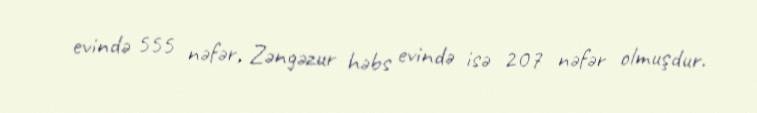
evində 555 nəfər, Zəngəzur həbs evində isə 207 nəfər olmuşdur.